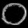
Digit: ၀